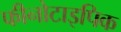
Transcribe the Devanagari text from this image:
फीनोटाइपिक